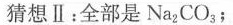
猜想Ⅱ：全部是N_{a2}CO_{3}；